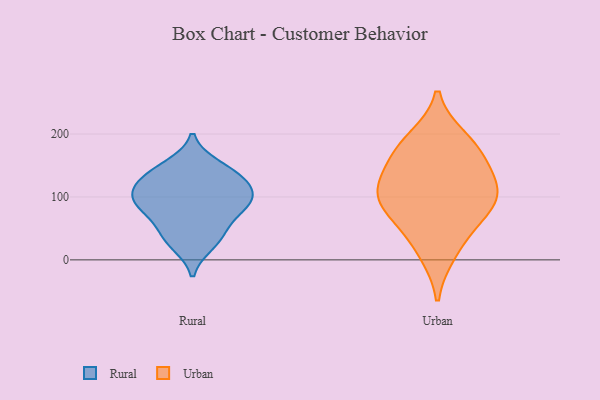
{"axis": {"x": "Satisfaction Score", "y": "Value"}, "legend": ["Rural", "Urban"], "data": [{"x": "", "y": 123, "type": "Rural"}, {"x": "", "y": 36, "type": "Rural"}, {"x": "", "y": 84, "type": "Rural"}, {"x": "", "y": 92, "type": "Rural"}, {"x": "", "y": 52, "type": "Rural"}, {"x": "", "y": 149, "type": "Rural"}, {"x": "", "y": 126, "type": "Rural"}, {"x": "", "y": 140, "type": "Rural"}, {"x": "", "y": 25, "type": "Rural"}, {"x": "", "y": 89, "type": "Rural"}, {"x": "", "y": 90, "type": "Rural"}, {"x": "", "y": 111, "type": "Rural"}, {"x": "", "y": 85, "type": "Urban"}, {"x": "", "y": 162, "type": "Urban"}, {"x": "", "y": 11, "type": "Urban"}, {"x": "", "y": 116, "type": "Urban"}, {"x": "", "y": 177, "type": "Urban"}, {"x": "", "y": 129, "type": "Urban"}, {"x": "", "y": 51, "type": "Urban"}, {"x": "", "y": 192, "type": "Urban"}, {"x": "", "y": 90, "type": "Urban"}, {"x": "", "y": 101, "type": "Urban"}]}